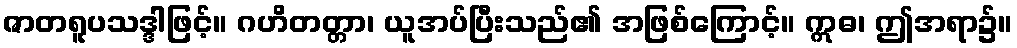
ဇာတရူပသဒ္ဒါဖြင့်။ ဂဟိတတ္တာ၊ ယူအပ်ပြီးသည်၏ အဖြစ်ကြောင့်။ ဣဓ၊ ဤအရာ၌။